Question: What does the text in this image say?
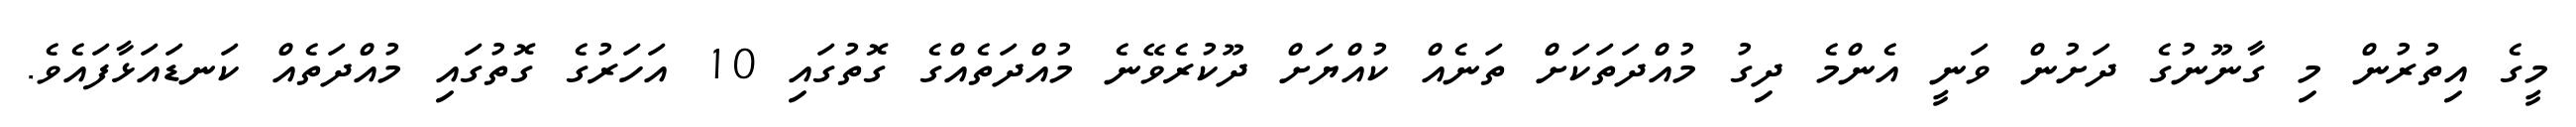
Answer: މީގެ އިތުރުން މި ގާނޫނުގެ ދަށުން ވަނީ އެންމެ ދިގު މުއްދަތަކަށް ތަނެއް ކުއްޔަށް ދޫކުރެވޭނެ މުއްދަތެއްގެ ގޮތުގައި 10 އަހަރުގެ ގޮތުގައި މުއްދަތެއް ކަނޑައަޅާފައެވެ.